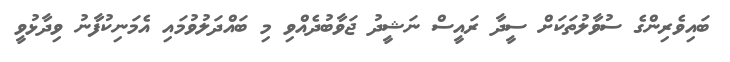
ބައިވެރިންގެ ސުވާލުތަކަށް ސީދާ ރައީސް ނަޝީދު ޖަވާބުދެއްވި މި ބައްދަލުވުމައި އެމަނިކުފާނު ވިދާޅުވީ